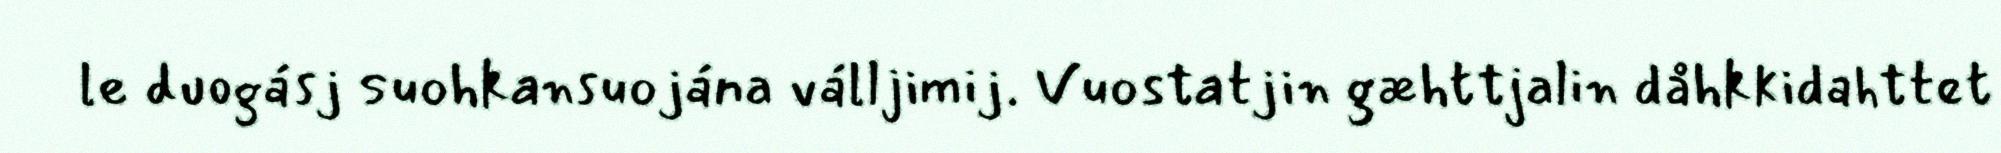
le duogásj suohkansuojána válljimij. Vuostatjin gæhttjalin dåhkkidahttet